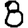
Digit: 8